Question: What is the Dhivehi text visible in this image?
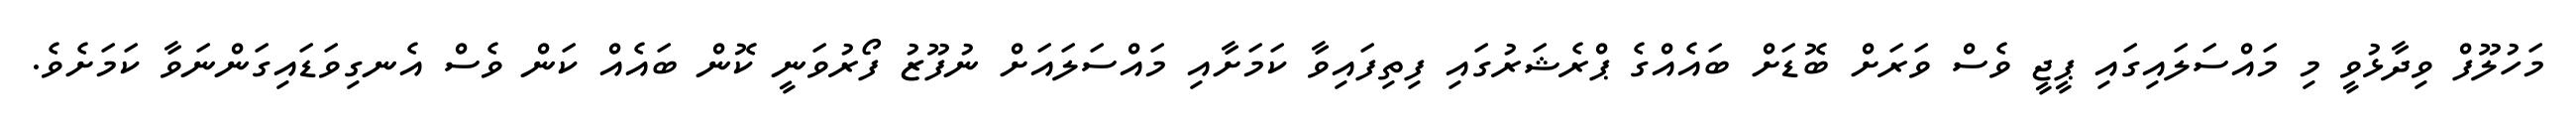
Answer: މަހުލޫފް ވިދާޅުވީ މި މައްސަލައިގައި ޕީޖީ ވެސް ވަރަށް ބޮޑަށް ބައެއްގެ ޕްރެޝަރުގައި ފިތިފައިވާ ކަމަށާއި މައްސަލައަށް ނުފޫޒު ފޯރުވަނީ ކޮން ބައެއް ކަން ވެސް އެނގިވަޑައިގަންނަވާ ކަމަށެވެ.